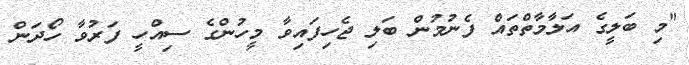
"މި ބަލީގެ އަލާމާތްތައް ފެނުމުން ބަލި ޖެހިފައިވާ މީހުންގެ ސިއްހީ ފަރުވާ ހޯދަން